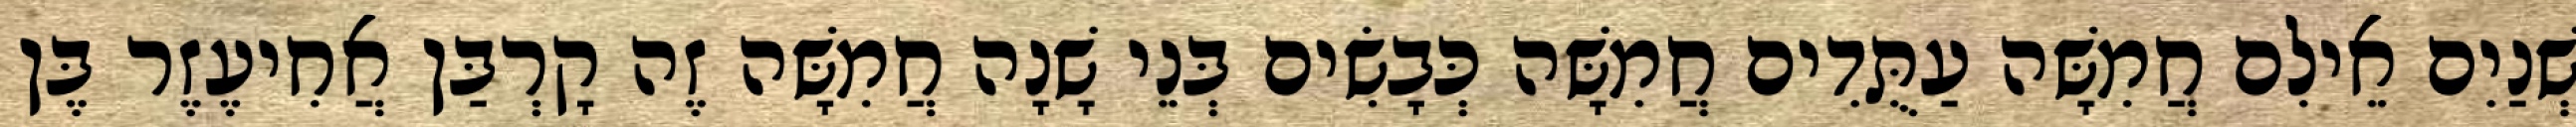
שְׁנַיִם אֵילִם חֲמִשָּׁה עַתֻּדִים חֲמִשָּׁה כְּבָשִׂים בְּנֵי שָׁנָה חֲמִשָּׁה זֶה קָרְבַּן אֲחִיעֶזֶר בֶּן